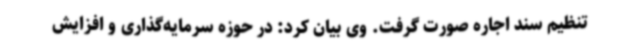
تنظیم سند اجاره صورت گرفت. وی بیان کرد: در حوزه سرمایه‌گذاری و افزایش